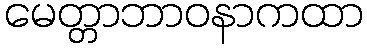
မေတ္တာဘာဝနာကထာ